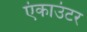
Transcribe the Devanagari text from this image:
एंकाउंटर